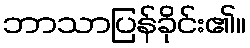
ဘာသာပြန်ခိုင်း၏။